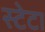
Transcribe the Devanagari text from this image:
स्टेटा